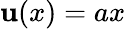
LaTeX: \mathbf{u}(x)=ax